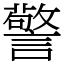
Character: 警